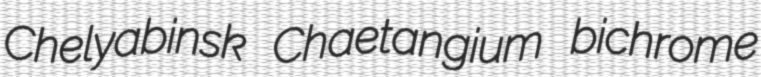
Chelyabinsk Chaetangium bichrome